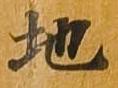
地